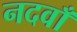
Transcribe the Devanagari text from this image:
नदवाँ